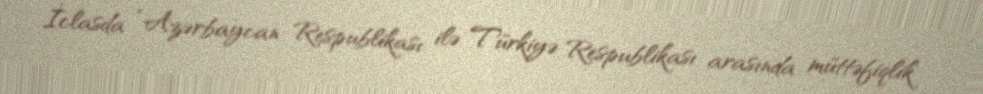
İclasda “Azərbaycan Respublikası ilə Türkiyə Respublikası arasında müttəfiqlik